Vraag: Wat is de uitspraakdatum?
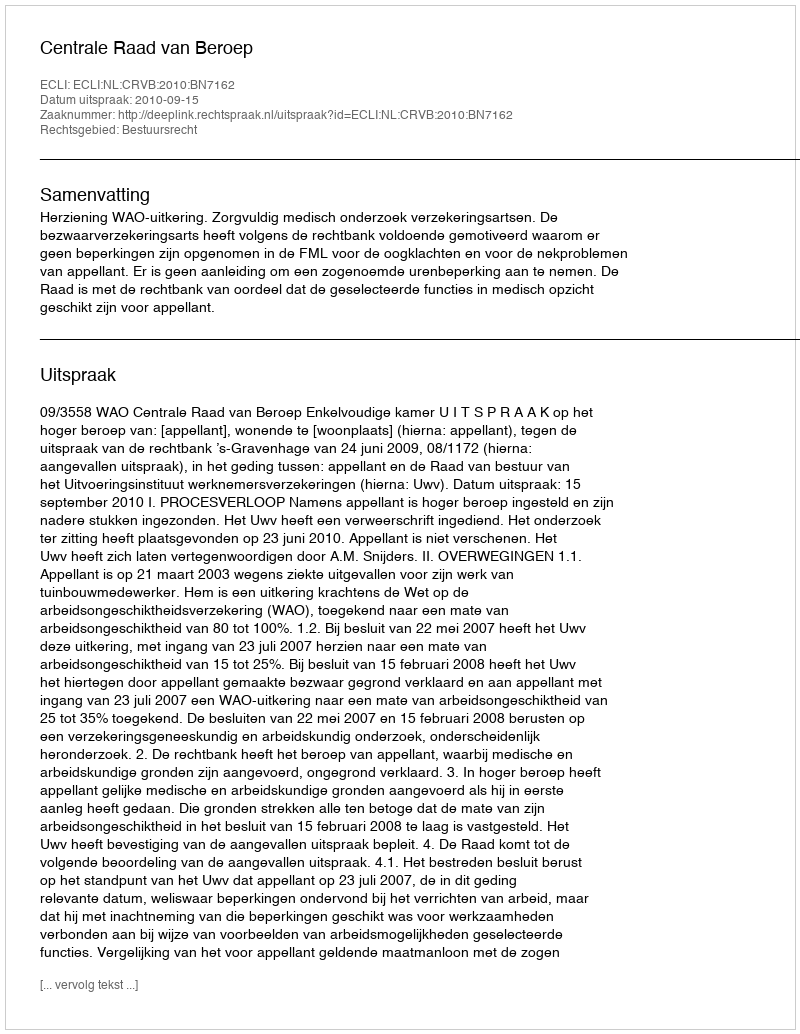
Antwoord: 2010-09-15